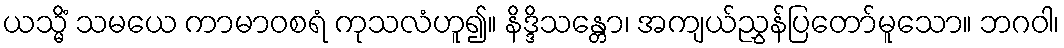
ယသ္မိံ သမယေ ကာမာဝစရံ ကုသလံဟူ၍။ နိဒ္ဒိသန္တော၊ အကျယ်ညွှန်ပြတော်မူသော။ ဘဂဝါ၊